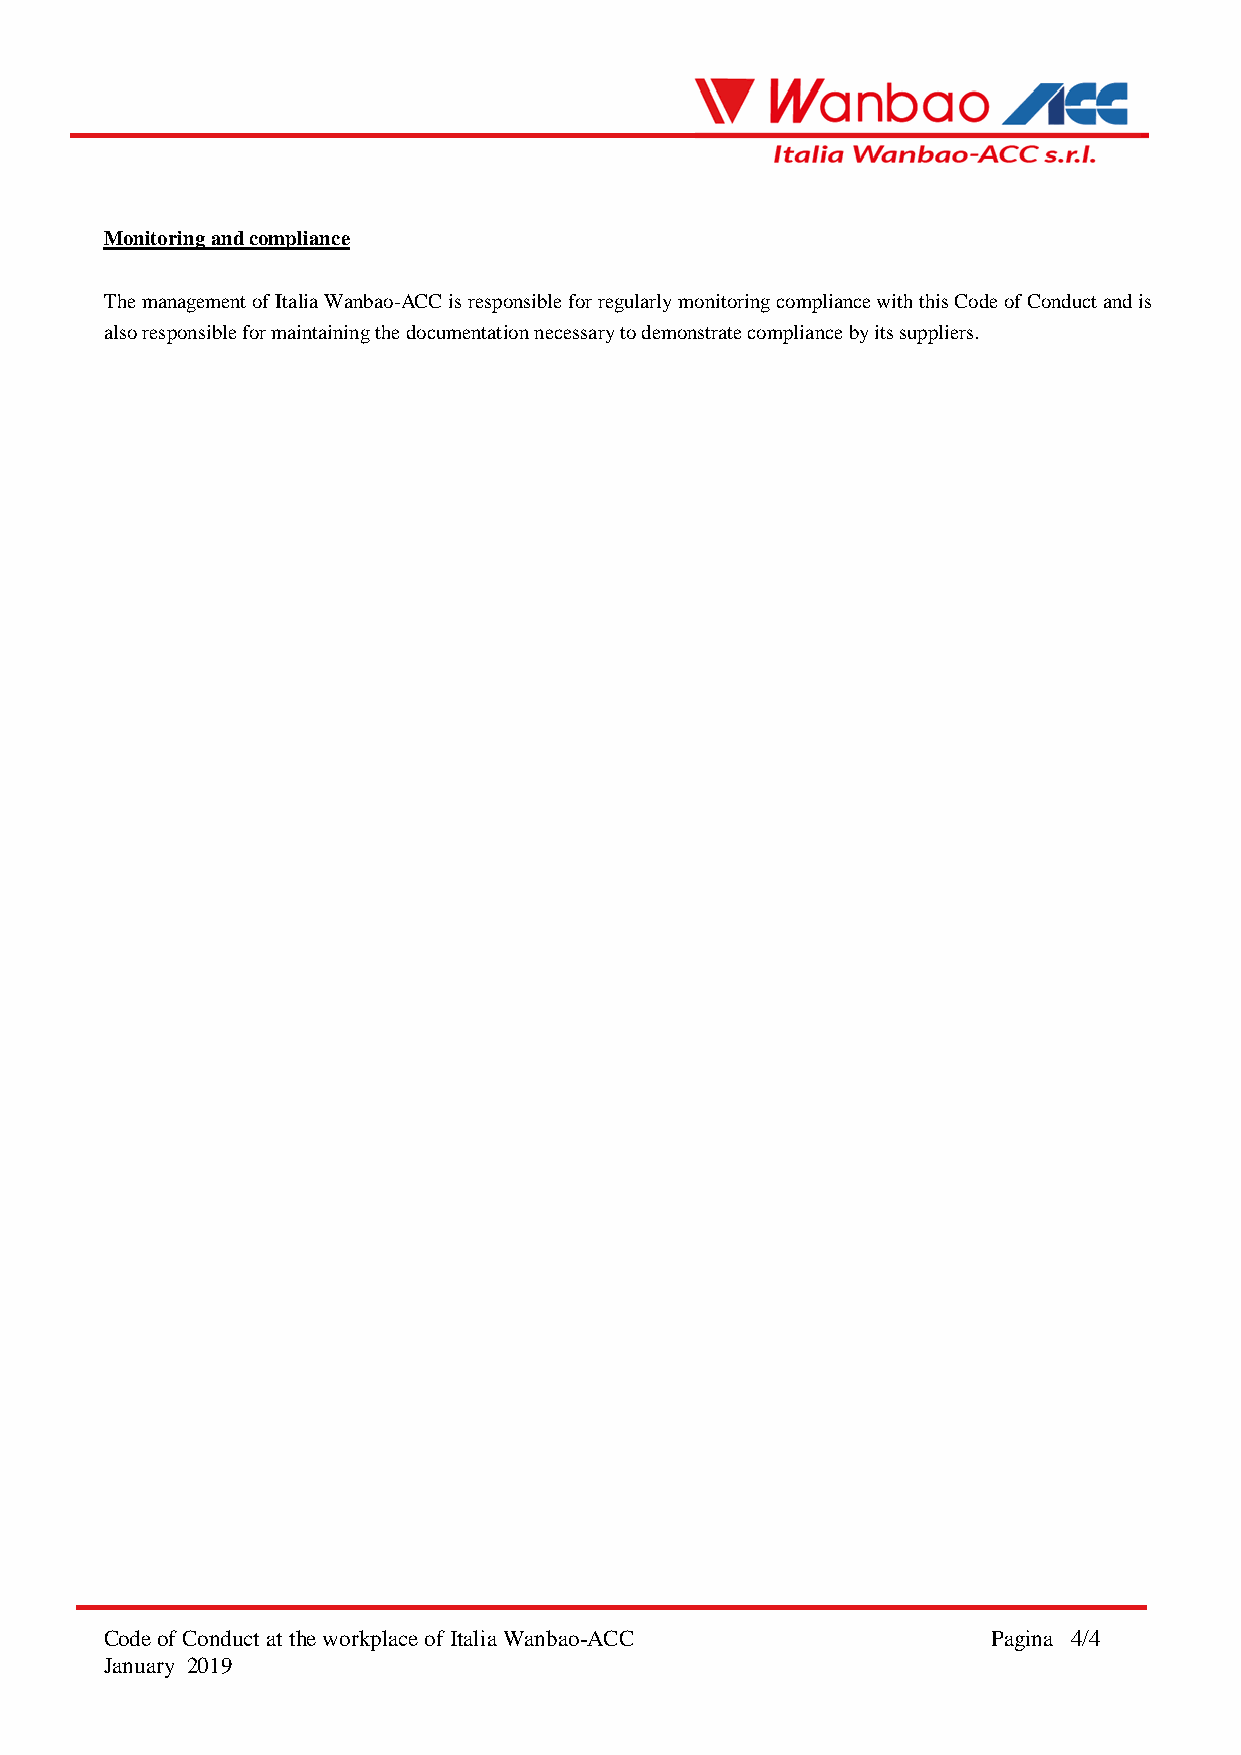
Monitoring and compliance
 The management of Italia Wanbao-ACC is responsible for regularly monitoring compliance with this Code of Conduct and is
 also responsible for maintaining the documentation necessary to demonstrate compliance by its suppliers.
 Code of Conduct at the workplace of Italia Wanbao-ACC      Pagina 4/4
 January 2019